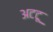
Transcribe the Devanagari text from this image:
अटटू